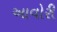
આવોરી